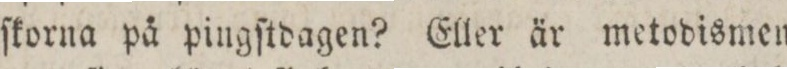
ſkorna på pingſtdagen? Eller är metodismen